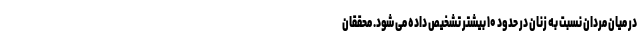
در میان مردان نسبت به زنان در حدود ۱۰ بیشتر تشخیص داده می شود. محققان